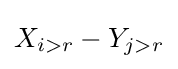
X_{i>r}-Y_{j>r}